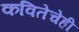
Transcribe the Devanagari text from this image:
कवितेचेही